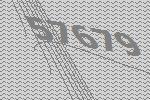
57679